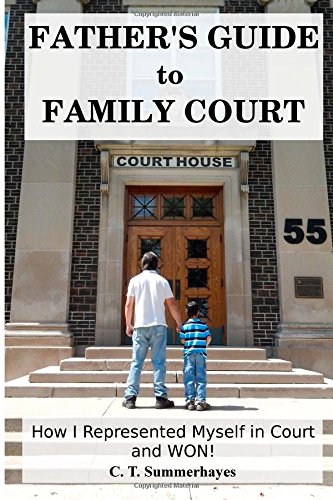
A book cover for Father's Guide to Family Court: How I Represented Myself in Family Court - and WON!; C T Summerhayes; Law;